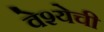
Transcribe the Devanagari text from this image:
वेश्येची